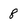
Character: 8